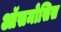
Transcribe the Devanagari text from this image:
ऑसमोसिस